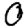
Digit: 0